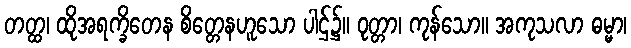
တတ္ထ၊ ထိုအရက္ခိတေန စိတ္တေနဟူသော ပါဌ်၌။ ဝုတ္တာ၊ ကုန်သော။ အကုသလာ ဓမ္မာ၊